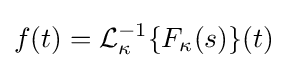
f(t)={\cal {L}}_{\kappa }^{-1}\{F_{\kappa }(s)\}(t)